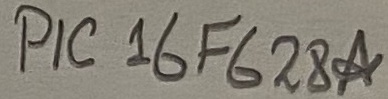
Text: PIC 16F628A